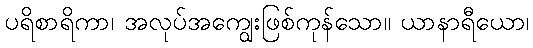
ပရိစာရိကာ၊ အလုပ်အကျွေးဖြစ်ကုန်သော။ ယာနာရီယော၊